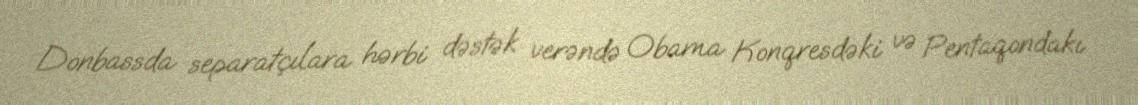
Donbassda separatçılara hərbi dəstək verəndə Obama Konqresdəki və Pentaqondakı